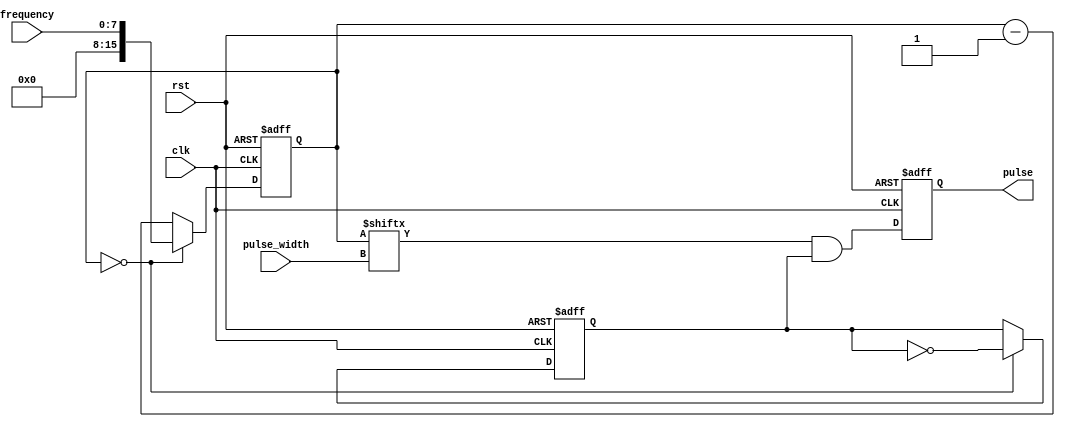
module PulseGenerator (
  input wire clk,
  input wire rst,
  input wire [7:0] pulse_width,
  input wire [7:0] frequency,
  output reg pulse
);

reg [15:0] counter;
reg pulse_state;

always @(posedge clk or posedge rst) begin
  if (rst) begin
    counter <= 16'h0000;
    pulse_state <= 1'b0;
    pulse <= 1'b0;
  end else begin
    if (counter == 16'h0000) begin
      counter <= frequency;
      pulse_state <= ~pulse_state;
    end else begin
      counter <= counter - 1;
    end
    pulse <= (counter[pulse_width] && pulse_state);
  end
end

endmodule